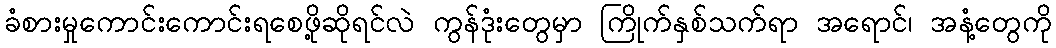
ခံစားမှုကောင်းကောင်းရစေဖို့ဆိုရင်လဲ ကွန်ဒုံးတွေမှာ ကြိုက်နှစ်သက်ရာ အရောင်၊ အနံ့တွေကို